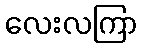
လေးလကြာ